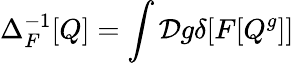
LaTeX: \Delta_{F}^{-1}[Q]=\int{\cal D}g\delta[F[Q^{g}]]